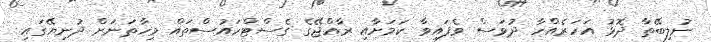
ނުލިބޭތާ ދޮޅު އަހަރެއްހާ ދުވަސް ވެފައިވާ ކަމަށާއި ރާއްޖޭގެ ގެސްޓްހައުސްތައް މިހާތަނަށް ދުނިޔޭގައި